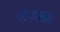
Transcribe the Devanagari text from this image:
अणसर